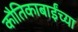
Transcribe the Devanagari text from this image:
कौतिकाबाईंच्या